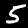
Digit: 5